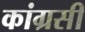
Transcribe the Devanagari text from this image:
कांग्रसी